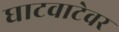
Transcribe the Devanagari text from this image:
घाटवाटेवर